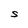
Character: S